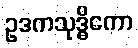
ဥဒကသုဒ္ဓိကော